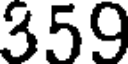
359